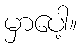
မှာပေါ့။